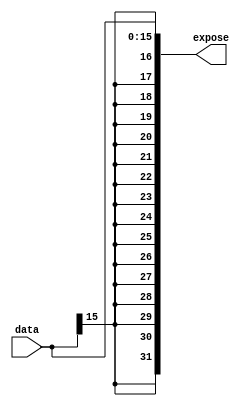
`timescale 1ns/1ns

module SignExtend (data, expose);

parameter outsize = 32;
parameter insize = 16;

input [insize-1:0] data;
output [outsize-1:0] expose;

assign expose = {{(outsize-insize){data[insize - 1]}}, data};

endmodule